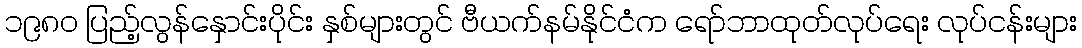
၁၉၈၀ ပြည့်လွန်နှောင်းပိုင်း နှစ်များတွင် ဗီယက်နမ်နိုင်ငံက ရော်ဘာထုတ်လုပ်ရေး လုပ်ငန်းများ